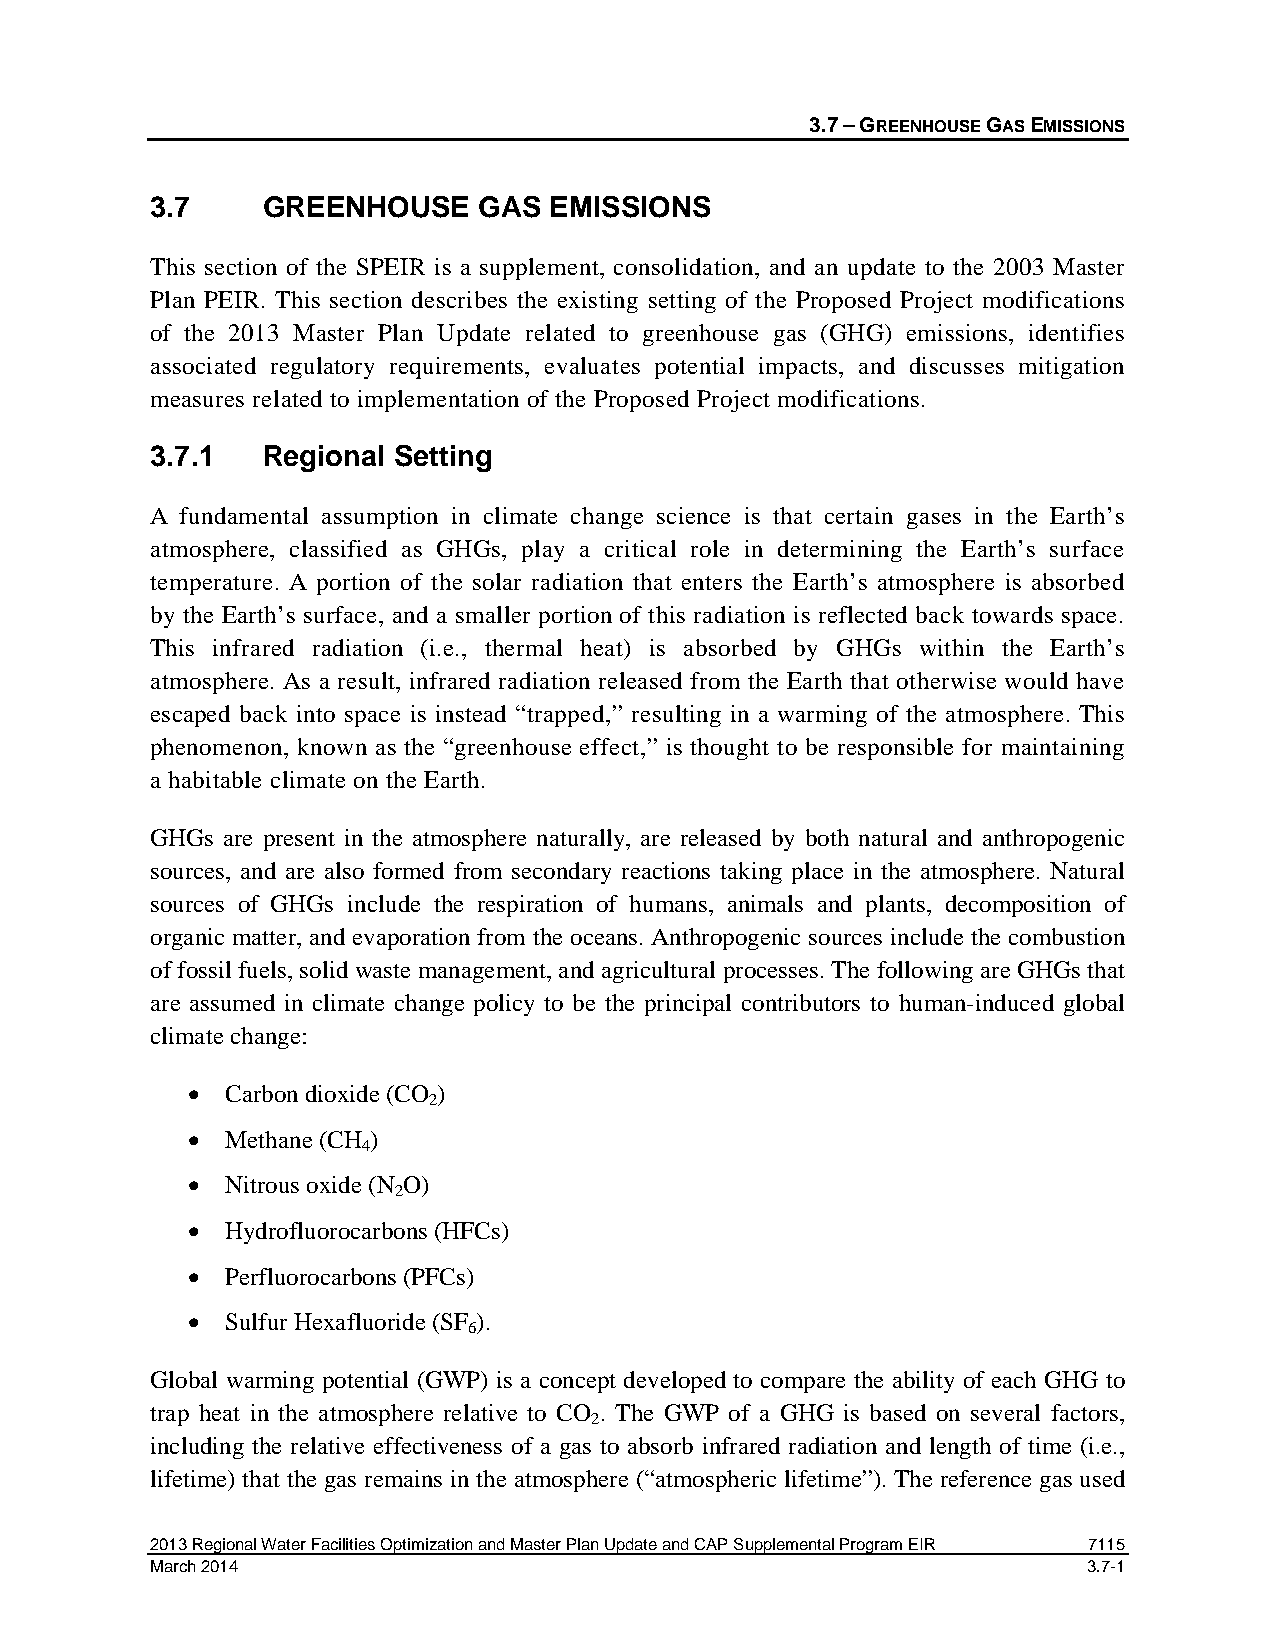
3.7 – GREENHOUSE GAS EMISSIONS
 3.7    GREENHOUSE     GAS EMISSIONS
 This section of the SPEIR is a supplement, consolidation, and an update to the 2003 Master
 Plan PEIR. This section describes the existing setting of the Proposed Project modifications
 of the 2013 Master Plan Update related to greenhouse gas (GHG) emissions, identifies
 associated regulatory requirements, evaluates potential impacts, and discusses mitigation
 measures related to implementation of the Proposed Project modifications.
 3.7.1  Regional Setting
 A fundamental assumption in climate change science is that certain gases in the Earth’s
 atmosphere, classified as GHGs, play a critical role in determining the Earth’s surface
 temperature. A portion of the solar radiation that enters the Earth’s atmosphere is absorbed
 by the Earth’s surface, and a smaller portion of this radiation is reflected back towards space.
 This infrared radiation (i.e., thermal heat) is absorbed by GHGs within the Earth’s
 atmosphere. As a result, infrared radiation released from the Earth that otherwise would have
 escaped back into space is instead “trapped,” resulting in a warming of the atmosphere. This
 phenomenon, known as the “greenhouse effect,” is thought to be responsible for maintaining
 a habitable climate on the Earth.
 GHGs are present in the atmosphere naturally, are released by both natural and anthropogenic
 sources, and are also formed from secondary reactions taking place in the atmosphere. Natural
 sources of GHGs include the respiration of humans, animals and plants, decomposition of
 organic matter, and evaporation from the oceans. Anthropogenic sources include the combustion
 of fossil fuels, solid waste management, and agricultural processes. The following are GHGs that
 are assumed in climate change policy to be the principal contributors to human-induced global
 climate change:
 •  Carbon dioxide (CO )
 2
 •  Methane (CH )
 4
 •  Nitrous oxide (N O)
 2
 •  Hydrofluorocarbons (HFCs)
 •  Perfluorocarbons (PFCs)
 •  Sulfur Hexafluoride (SF ).
 6
 Global warming potential (GWP) is a concept developed to compare the ability of each GHG to
 trap heat in the atmosphere relative to CO . The GWP of a GHG is based on several factors,
 2
 including the relative effectiveness of a gas to absorb infrared radiation and length of time (i.e.,
 lifetime) that the gas remains in the atmosphere (“atmospheric lifetime”). The reference gas used
 2013 Regional Water Facilities Optimization and Master Plan Update and CAP Supplemental Program EIR 7115
 March 2014                                                    3.7-1